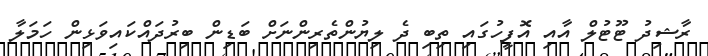
ރާޝިދު ޓޫޓުލް އާއި އޮފީހުގައި ތިބި ދެ ލިޔުންތެރިންނަށް ބަޑިން ބިރުދައްކައިވަޅިން ހަމަލާ